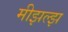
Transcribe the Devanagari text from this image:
मीझल्झ